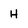
Character: H